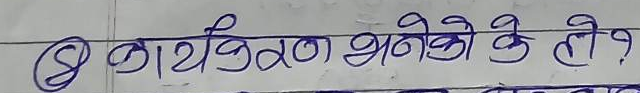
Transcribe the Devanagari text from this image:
कार्यबिहन भनेको के हो?